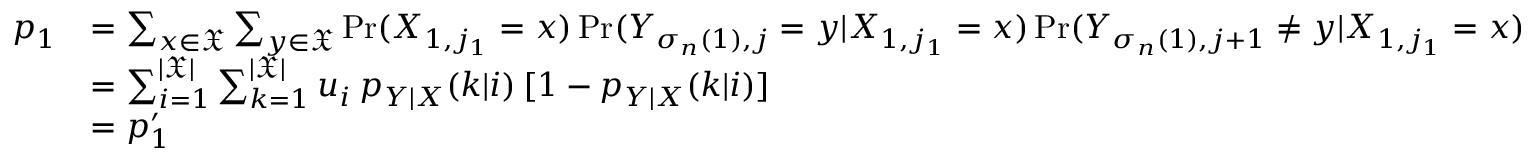
\begin{array} { r l } { p _ { 1 } } & { = \sum _ { x \in \mathfrak { X } } \sum _ { y \in \mathfrak { X } } \operatorname* { P r } ( X _ { 1 , j _ { 1 } } = x ) \operatorname* { P r } ( Y _ { \sigma _ { n } ( 1 ) , j } = y | X _ { 1 , j _ { 1 } } = x ) \operatorname* { P r } ( Y _ { \sigma _ { n } ( 1 ) , j + 1 } \neq y | X _ { 1 , j _ { 1 } } = x ) } \\ & { = \sum _ { i = 1 } ^ { | \mathfrak { X } | } \sum _ { k = 1 } ^ { | \mathfrak { X } | } u _ { i } \: p _ { Y | X } ( k | i ) \: [ 1 - p _ { Y | X } ( k | i ) ] } \\ & { = p _ { 1 } ^ { \prime } } \end{array}